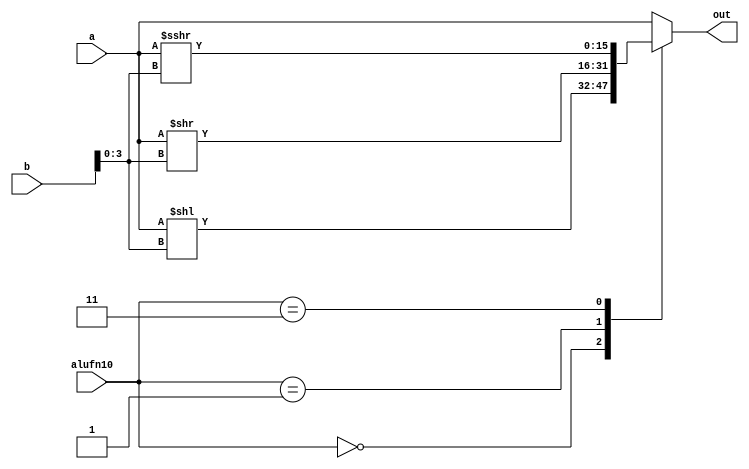
module shifter16bit_15 (
    input [15:0] a,
    input [15:0] b,
    input [1:0] alufn10,
    output reg [15:0] out
  );
  
  
  
  always @* begin
    
    case (alufn10)
      2'h0: begin
        out = a << b[0+3-:4];
      end
      2'h1: begin
        out = a >> b[0+3-:4];
      end
      2'h3: begin
        out = $signed(a) >>> b[0+3-:4];
      end
      default: begin
        out = a;
      end
    endcase
  end
endmodule